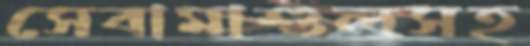
সেবামাশুলসহ